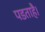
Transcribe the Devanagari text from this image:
पडताहै।